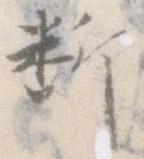
断